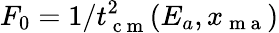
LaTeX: F_{0}=1/t_{\mathrm{~c~m~}}^{2}(E_{a},x_{\mathrm{~m~a~}})